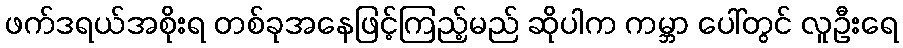
ဖက်ဒရယ်အစိုးရ တစ်ခုအနေဖြင့်ကြည့်မည် ဆိုပါက ကမ္ဘာ ပေါ်တွင် လူဦးရေ